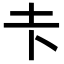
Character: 𪢱